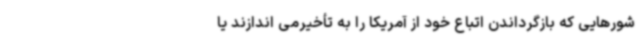
شورهایی که بازگرداندن اتباع خود از آمریکا را به تأخیرمی اندازند یا